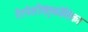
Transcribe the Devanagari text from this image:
गैरपेशीतंतुकोशिका